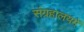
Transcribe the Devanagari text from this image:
संग्रहालयमें